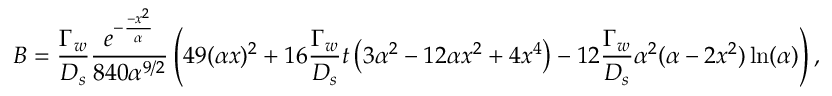
B = \frac { \Gamma _ { w } } { D _ { s } } \frac { e ^ { - \frac { - x ^ { 2 } } { \alpha } } } { 8 4 0 \alpha ^ { 9 / 2 } } \left( 4 9 ( \alpha x ) ^ { 2 } + 1 6 \frac { \Gamma _ { w } } { D _ { s } } t \left( 3 \alpha ^ { 2 } - 1 2 \alpha x ^ { 2 } + 4 x ^ { 4 } \right) - 1 2 \frac { \Gamma _ { w } } { D _ { s } } \alpha ^ { 2 } ( \alpha - 2 x ^ { 2 } ) \ln ( \alpha ) \right) ,